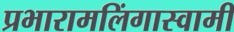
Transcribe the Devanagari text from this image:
प्रभारामलिंगास्वामी